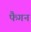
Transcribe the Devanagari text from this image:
फैगन